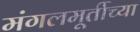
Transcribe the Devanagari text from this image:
मंगलमूर्तीच्या